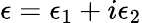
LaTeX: \epsilon=\epsilon_{1}+i\epsilon_{2}